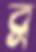
ব্র